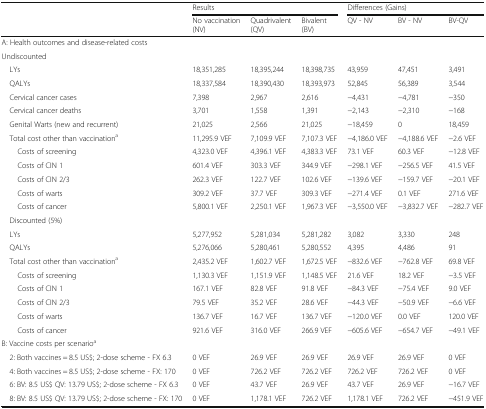
<table><thead><tr><td></td><td colspan="3"><b>Results</b></td><td colspan="3"><b>Differences (Gains)</b></td></tr><tr><td></td><td><b>No vaccination (NV)</b></td><td><b>Quadrivalent (QV)</b></td><td><b>Bivalent (BV)</b></td><td><b>QV - NV</b></td><td><b>BV - NV</b></td><td><b>BV-QV</b></td></tr></thead><tbody><tr><td colspan="7">A: Health outcomes and disease-related costs</td></tr><tr><td colspan="7">Undiscounted</td></tr><tr><td> LYs</td><td>18,351,285</td><td>18,395,244</td><td>18,398,735</td><td>43,959</td><td>47,451</td><td>3,491</td></tr><tr><td> QALYs</td><td>18,337,584</td><td>18,390,430</td><td>18,393,973</td><td>52,845</td><td>56,389</td><td>3,544</td></tr><tr><td> Cervical cancer cases</td><td>7,398</td><td>2,967</td><td>2,616</td><td>−4,431</td><td>−4,781</td><td>−350</td></tr><tr><td> Cervical cancer deaths</td><td>3,701</td><td>1,558</td><td>1,391</td><td>−2,143</td><td>−2,310</td><td>−168</td></tr><tr><td> Genital Warts (new and recurrent)</td><td>21,025</td><td>2,566</td><td>21,025</td><td>−18,459</td><td>0</td><td>18,459</td></tr><tr><td> Total cost other than vaccination<sup>a</sup></td><td>11,295.9 VEF</td><td>7,109.9 VEF</td><td>7,107.3 VEF</td><td>−4,186.0 VEF</td><td>−4,188.6 VEF</td><td>−2.6 VEF</td></tr><tr><td>Costs of screening</td><td>4,323.0 VEF</td><td>4,396.1 VEF</td><td>4,383.3 VEF</td><td>73.1 VEF</td><td>60.3 VEF</td><td>−12.8 VEF</td></tr><tr><td>Costs of CIN 1</td><td>601.4 VEF</td><td>303.3 VEF</td><td>344.9 VEF</td><td>−298.1 VEF</td><td>−256.5 VEF</td><td>41.5 VEF</td></tr><tr><td>Costs of CIN 2/3</td><td>262.3 VEF</td><td>122.7 VEF</td><td>102.6 VEF</td><td>−139.6 VEF</td><td>−159.7 VEF</td><td>−20.1 VEF</td></tr><tr><td>Costs of warts</td><td>309.2 VEF</td><td>37.7 VEF</td><td>309.3 VEF</td><td>−271.4 VEF</td><td>0.1 VEF</td><td>271.6 VEF</td></tr><tr><td>Costs of cancer</td><td>5,800.1 VEF</td><td>2,250.1 VEF</td><td>1,967.3 VEF</td><td>−3,550.0 VEF</td><td>−3,832.7 VEF</td><td>−282.7 VEF</td></tr><tr><td colspan="7"> Discounted (5%)</td></tr><tr><td> LYs</td><td>5,277,952</td><td>5,281,034</td><td>5,281,282</td><td>3,082</td><td>3,330</td><td>248</td></tr><tr><td> QALYs</td><td>5,276,066</td><td>5,280,461</td><td>5,280,552</td><td>4,395</td><td>4,486</td><td>91</td></tr><tr><td> Total cost other than vaccination<sup>a</sup></td><td>2,435.2 VEF</td><td>1,602.7 VEF</td><td>1,672.5 VEF</td><td>−832.6 VEF</td><td>−762.8 VEF</td><td>69.8 VEF</td></tr><tr><td>Costs of screening</td><td>1,130.3 VEF</td><td>1,151.9 VEF</td><td>1,148.5 VEF</td><td>21.6 VEF</td><td>18.2 VEF</td><td>−3.5 VEF</td></tr><tr><td>Costs of CIN 1</td><td>167.1 VEF</td><td>82.8 VEF</td><td>91.8 VEF</td><td>−84.3 VEF</td><td>−75.4 VEF</td><td>9.0 VEF</td></tr><tr><td>Costs of CIN 2/3</td><td>79.5 VEF</td><td>35.2 VEF</td><td>28.6 VEF</td><td>−44.3 VEF</td><td>−50.9 VEF</td><td>−6.6 VEF</td></tr><tr><td>Costs of warts</td><td>136.7 VEF</td><td>16.7 VEF</td><td>136.7 VEF</td><td>−120.0 VEF</td><td>0.0 VEF</td><td>120.0 VEF</td></tr><tr><td>Costs of cancer</td><td>921.6 VEF</td><td>316.0 VEF</td><td>266.9 VEF</td><td>−605.6 VEF</td><td>−654.7 VEF</td><td>−49.1 VEF</td></tr><tr><td>B: Vaccine costs per scenario<sup>a</sup></td><td></td><td></td><td></td><td></td><td></td><td></td></tr><tr><td> 2: Both vaccines = 8.5 US$; 2-dose scheme - FX 6.3</td><td>0 VEF</td><td>26.9 VEF</td><td>26.9 VEF</td><td>26.9 VEF</td><td>26.9 VEF</td><td>0 VEF</td></tr><tr><td> 4: Both vaccines = 8.5 US$; 2-dose scheme - FX: 170</td><td>0 VEF</td><td>726.2 VEF</td><td>726.2 VEF</td><td>726.2 VEF</td><td>726.2 VEF</td><td>0 VEF</td></tr><tr><td> 6: BV: 8.5 US$ QV: 13.79 US$; 2-dose scheme - FX 6.3</td><td>0 VEF</td><td>43.7 VEF</td><td>26.9 VEF</td><td>43.7 VEF</td><td>26.9 VEF</td><td>−16.7 VEF</td></tr><tr><td> 8: BV: 8.5 US$ QV: 13.79 US$; 2-dose scheme - FX: 170</td><td>0 VEF</td><td>1,178.1 VEF</td><td>726.2 VEF</td><td>1,178.1 VEF</td><td>726.2 VEF</td><td>−451.9 VEF</td></tr></tbody></table>